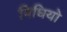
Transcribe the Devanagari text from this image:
विधियो